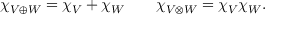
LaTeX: \chi _ { V \oplus W } = \chi _ { V } + \chi _ { W } \qquad \chi _ { V \otimes W } = \chi _ { V } \chi _ { W } .